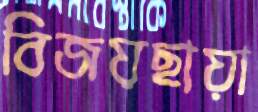
বিজয়ছায়া